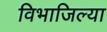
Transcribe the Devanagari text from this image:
विभाजिल्या